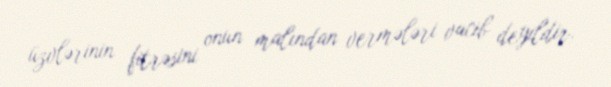
üzvlərinin fitrəsini onun malından vermələri vacib deyildir.